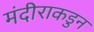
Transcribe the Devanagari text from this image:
मंदीराकडुन